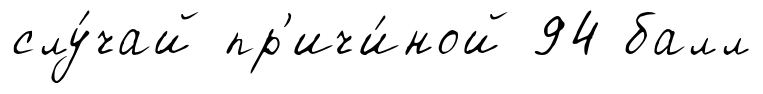
слу́чай пр'ичи́ной 94 балл